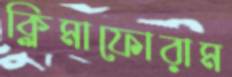
ক্লিমাফোরাম